Bréfritari: Sigríður Pálsdóttir
Viðtakandi: Páll Pálsson
Dagsetning: A-1846-05-16
Skrifað á: Síðumúla  Mýr.
Páll var bróðir Sigríðar

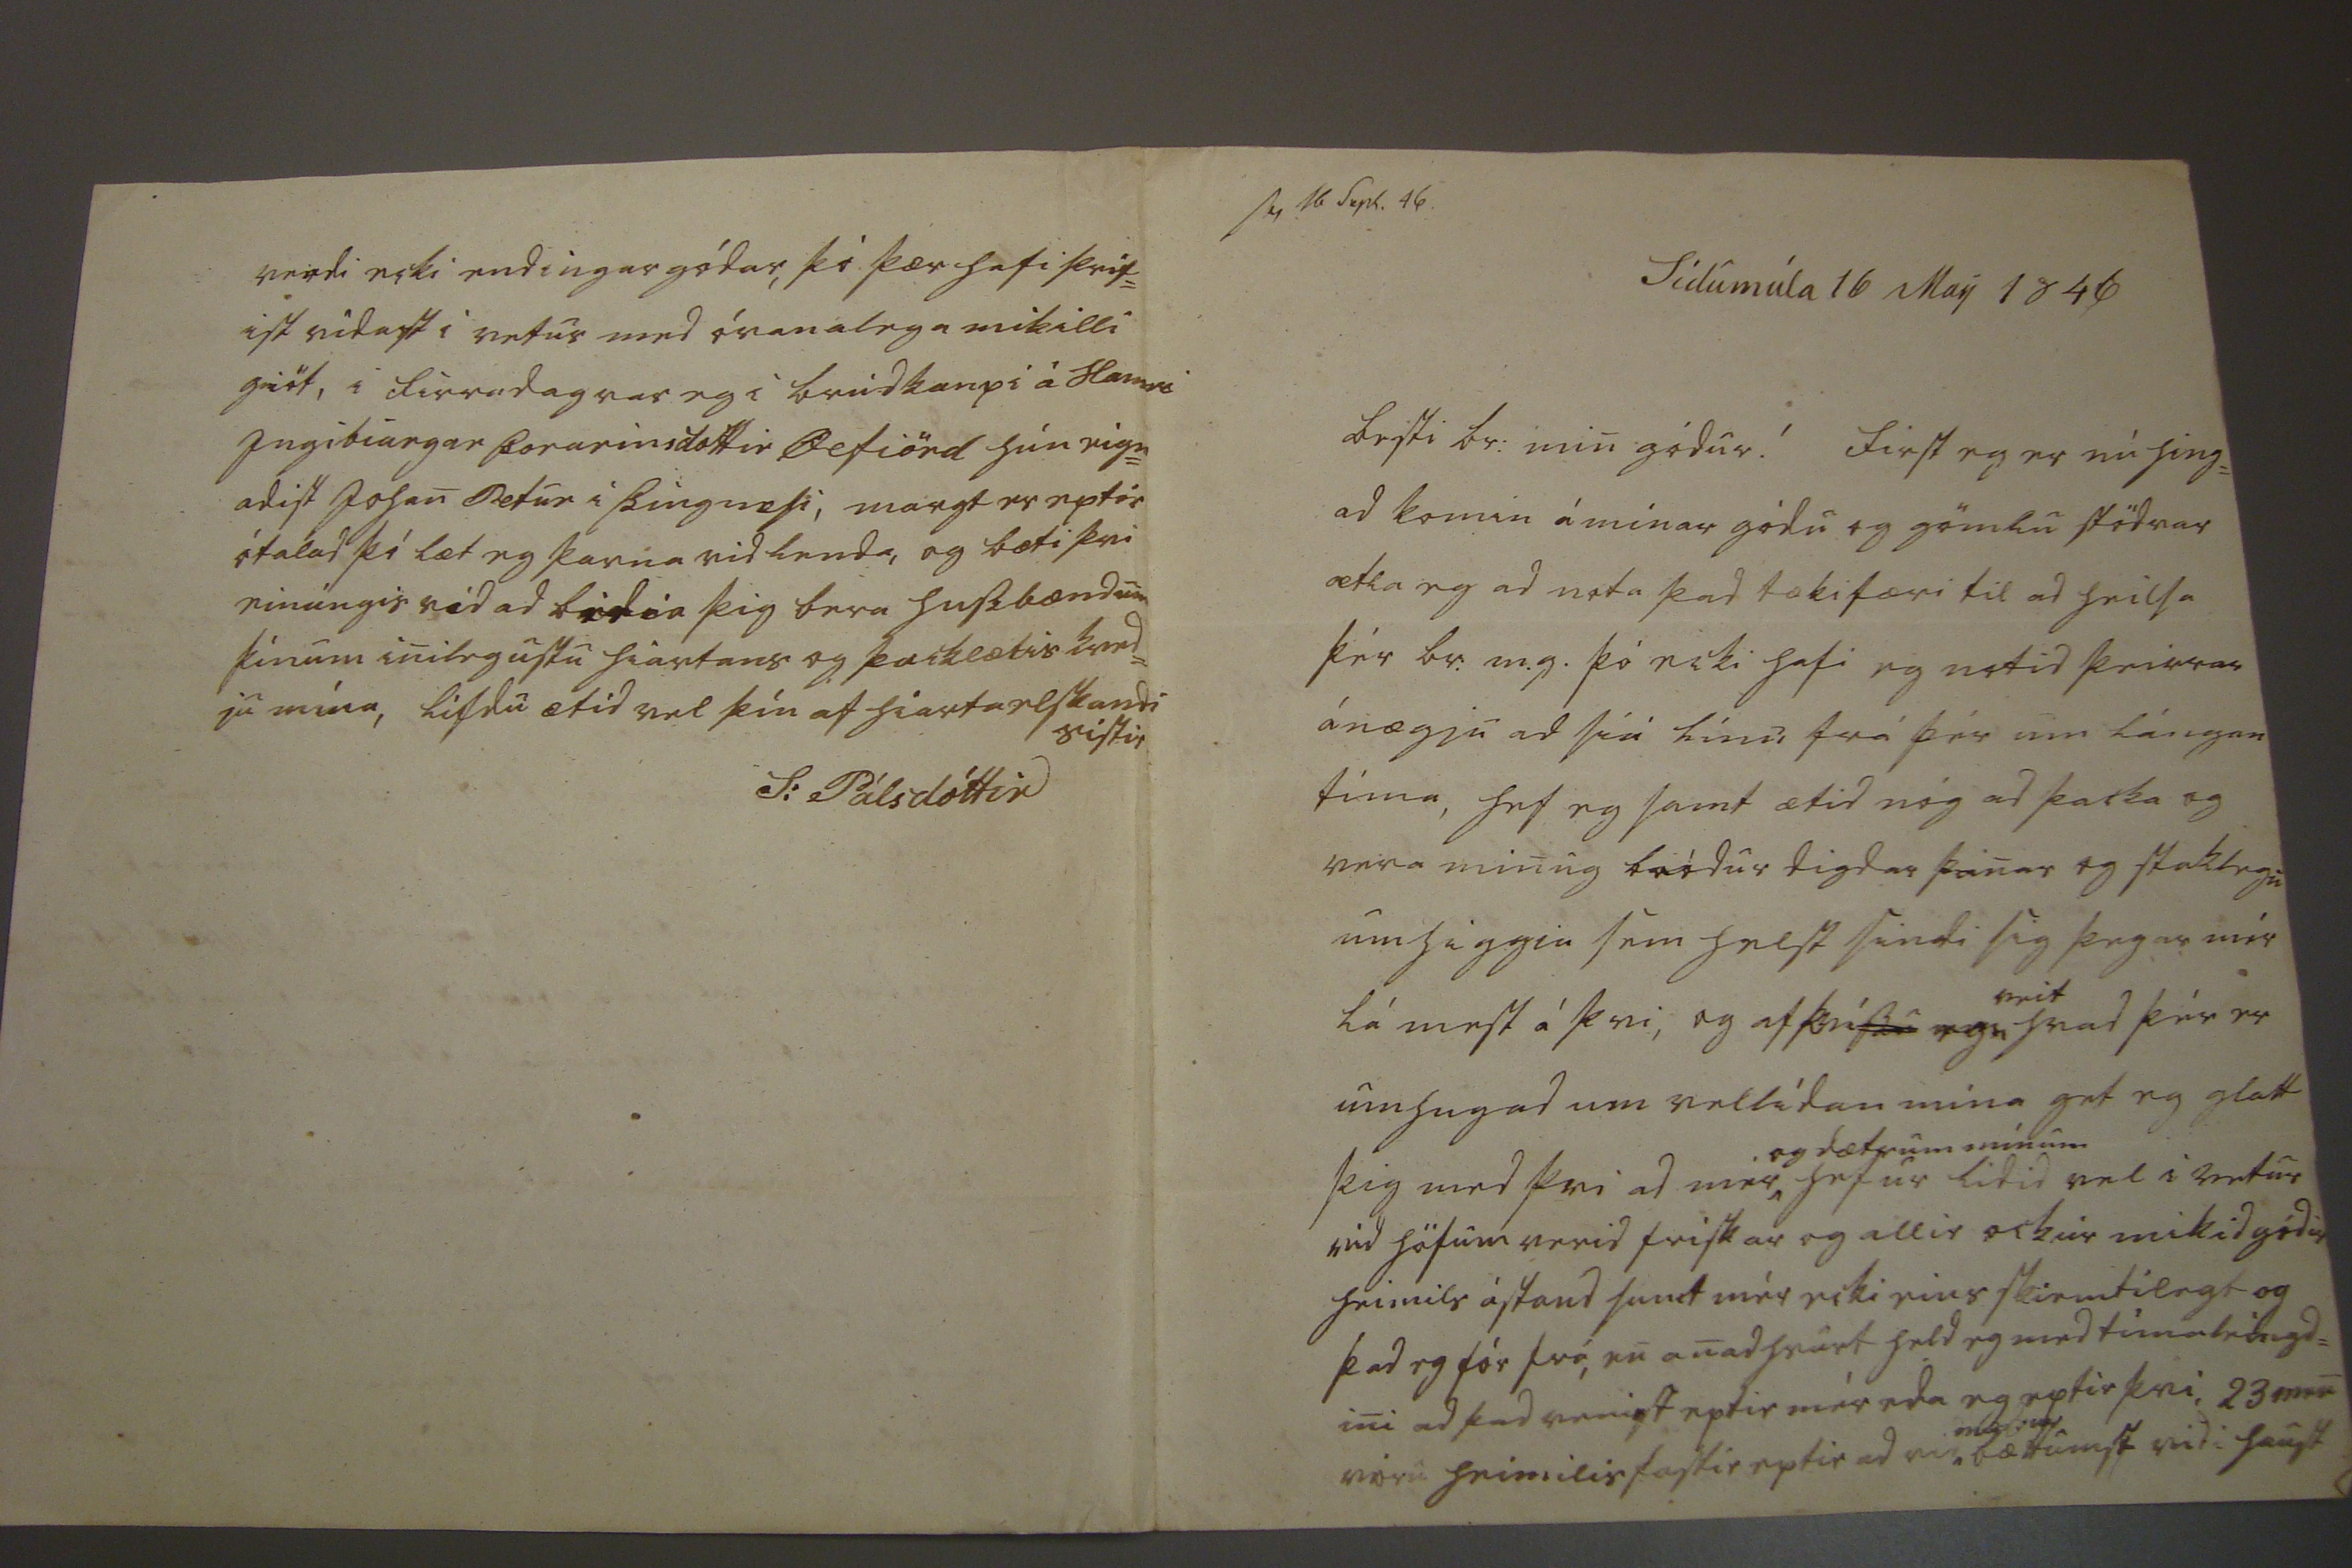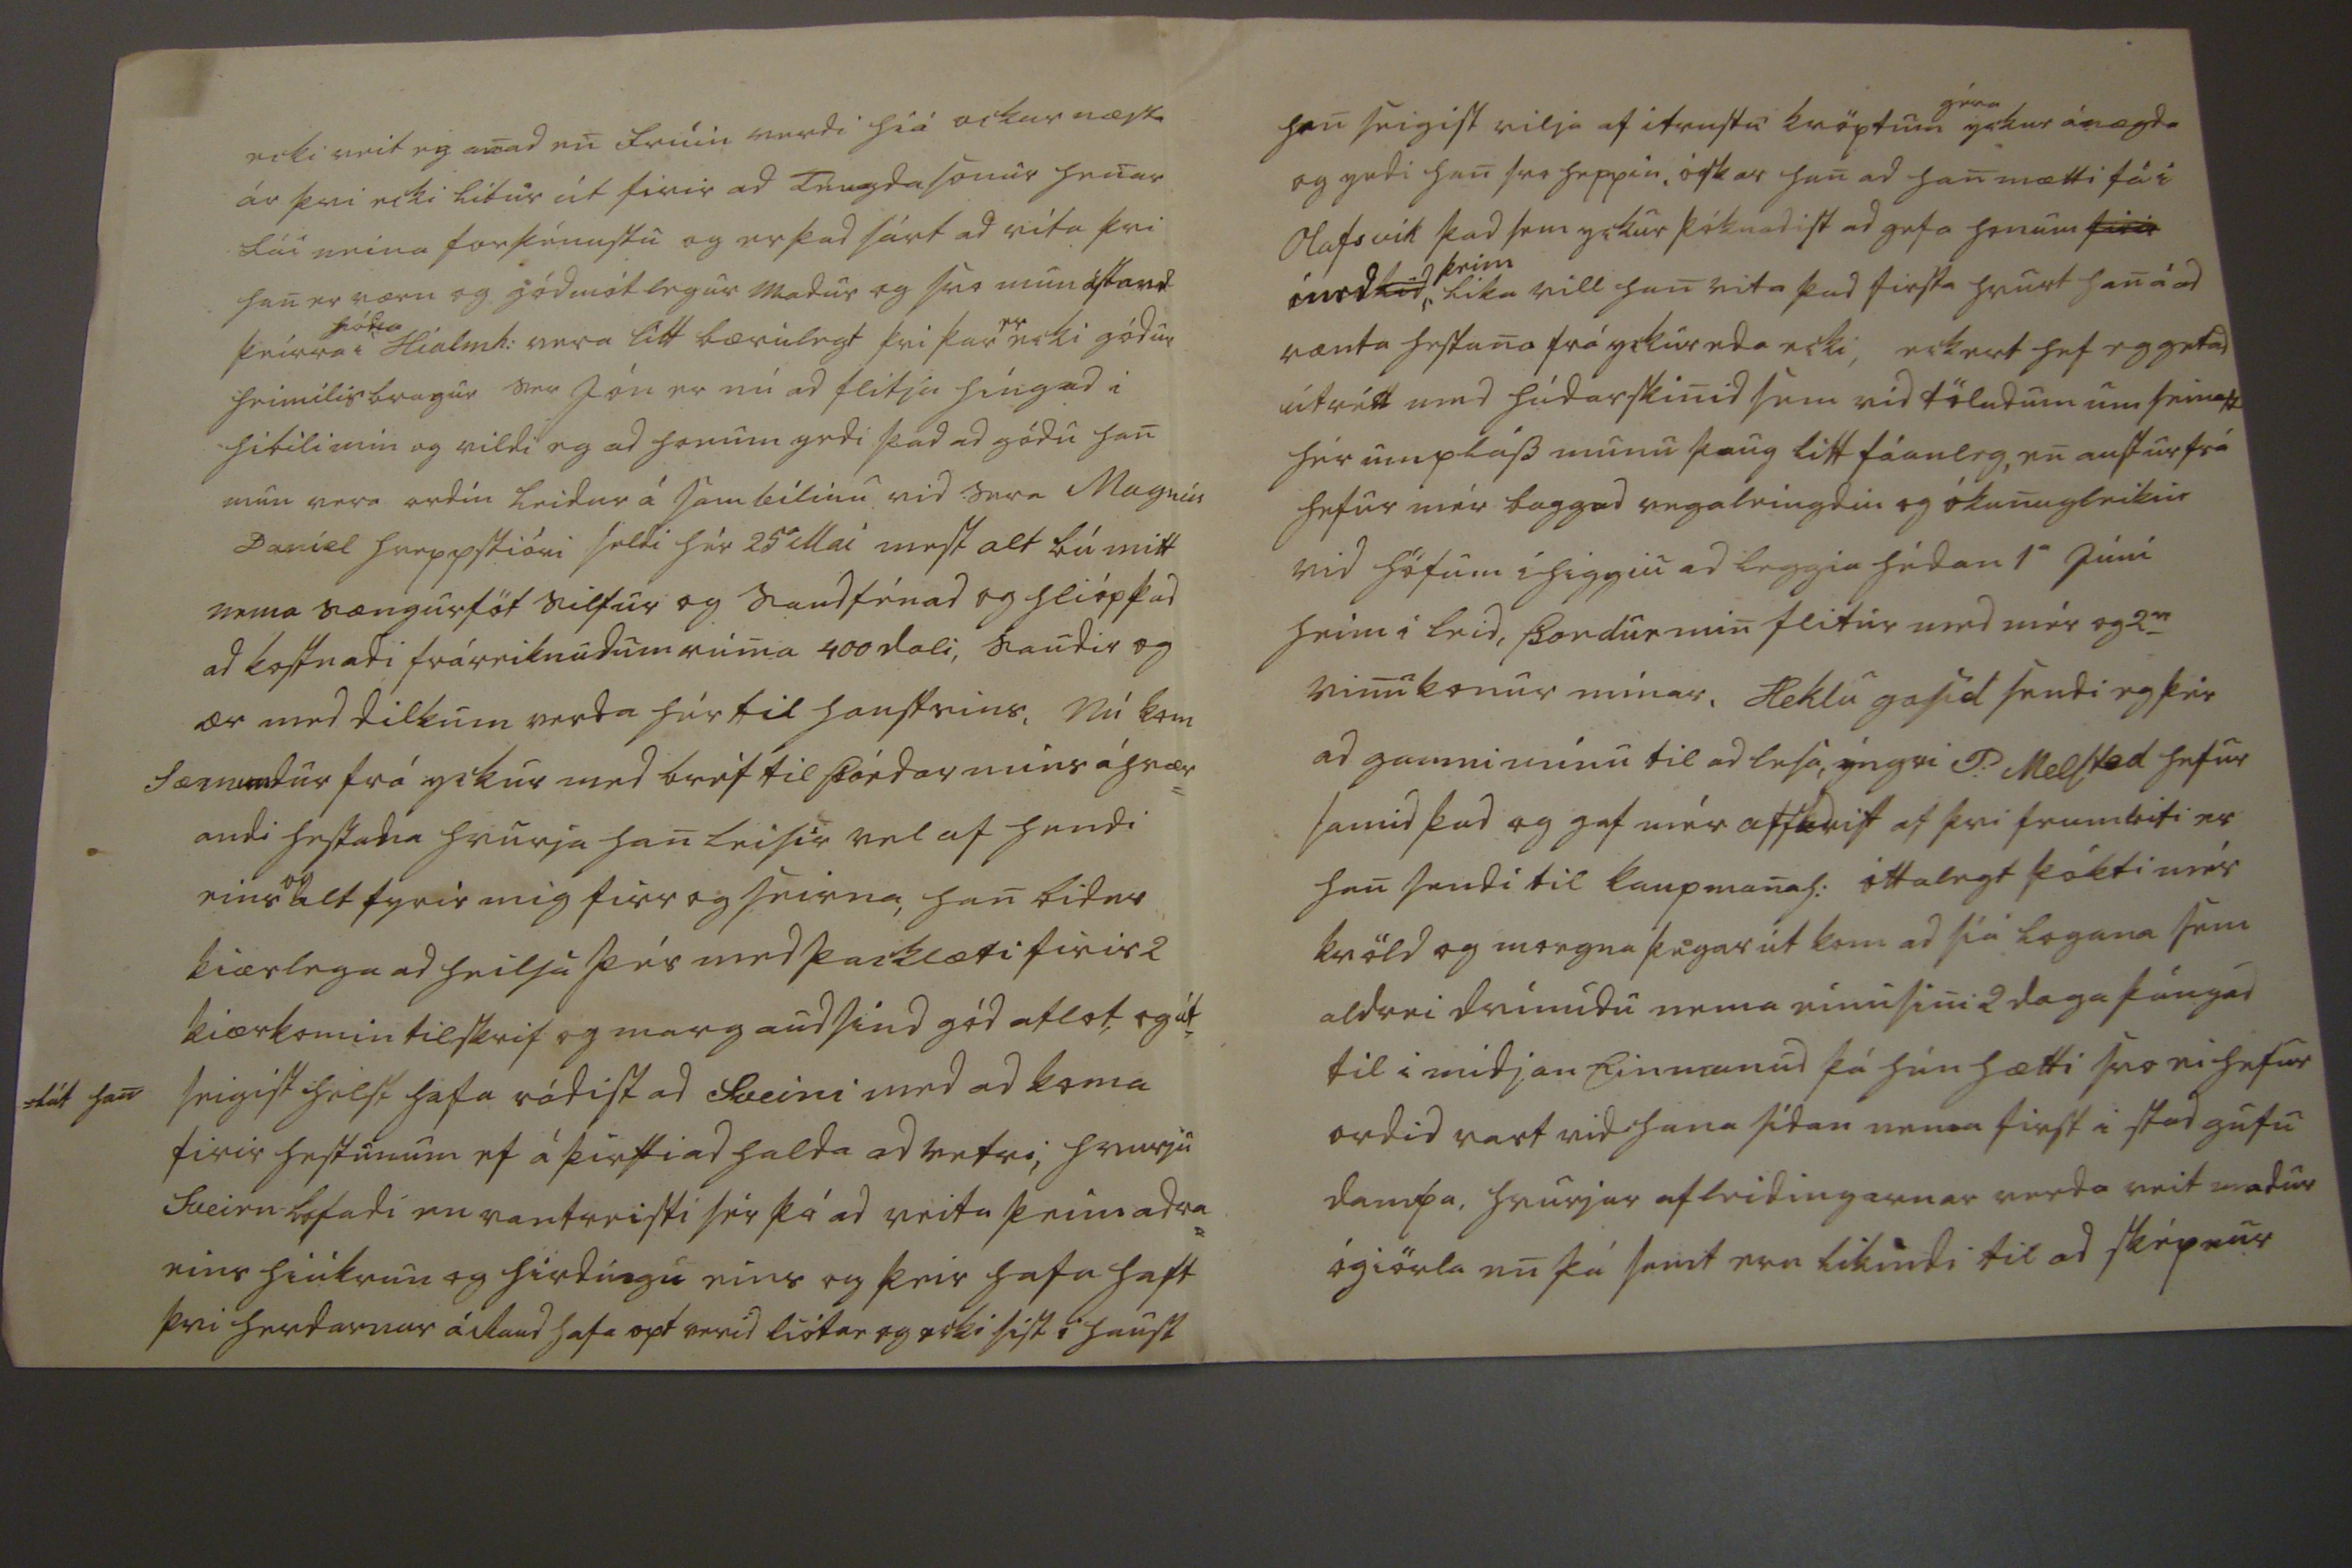

sv 16 Sepb. 46
Sídumúla 16 May 1846
besti br: min gódur! First eg er nú hing= ad komin á minar gódu og gömlu stödvar ætla eg ad nota þad tækifæri til ad heilsa þér br. m.g. þó ecki hafi eg notid þeirrar ánægju ad siá línu frá þér um lángan tíma, hef eg samt ætid nóg ad þacka og vera minug bródur digdar þin og staklegu umhiggiu sem helst sindi sig þegar mér lá mest á þvi, og af þvi
ssu eg
veit
hvad þér er umhugad um vellídan mína get eg glatt þig med þvi ad mér ^
og dætrum mínum
hefur lidid vel i vetur vid höfum verid frískar og allir ockur mikid gódir heimils ástand
sumt
mér ecki eins skiemtilegt og þad eg fór frá, en anadhvurt held eg med timaleingd= ini ad þad veni
e
st eptir mér eda eg eptir þvi, 23 men vóru heimilisfastir eptir ad vid ^
m00 000
bættumst vid i haust
ecki veit eg anad enfrúin verdi hiá ockur næsta ár þvi ecki lítur út firir ad Téngdasonur henar fái mina forþénustu og er þad sárt ad vita þvi han er værn og gódmótlegur madur og svo mun ástand þeirra
hód00
i hialmh: vera lítt bærilegt bærilegt þvi þar
er
ecki gódur heimilis bragur Ser Jón er nú ad flitja híngad i hibili min og vildi eg ad honum yrdi þad ad gódu han mun vera ordín leidur á sambilinu vid Sera Magnús Daníel hreppstióri seldi hér 25
a
Mai mest alt bú mitt nema sængurföt silfur og saudfénad og hlióp þad ad kostnadi fráreiknudum rúma 400 dali, saudir og ær med dilkum verda hér til haustsins, Nú kom Sæmundur frá yckur med bréf til Þórdar mins áhrær= andi hestana hvurja han leisir vel af hendi eins
og
alt fyrir mig firr og seirna, han bidur kiærlega ad heilsa þér med þacklæti firir 2 kiærkomin tilskrif og marg audsind gód atlot og út =lát han seigist helst hafa rádist ad Sveini med ad koma firir hestunum ef á þirfti ad halda ad vetri, hvurju Sveirn lofadi en vantreisti sér þá ad veita þeim adra= eins hiúkrun og hirdungu eins og þeir hafa haft þvi herdarnar á Raud hafa opt verid liótar og ecki síst i haust
han seigist vilja af i
trustu
kröptum
géra
yckur ánægda og yrdi han svo heppin, óskar han ad han mætti fá i Olafsvik þad sem yckur þóknadist ad gefa honum
firir
med
lód
^
þeim
lika vill han vita þad firsta hvurt han á ad vænta hestana frá yckur eda ecki, eckert hef eg getad
útrétt
med húdarskinid sem vid töludum um seinast hér um pláss munu þaug lítt fáanleg, en austur frá hefur mér baggud vegaleingdin og ókunugleikin vid höfum í higgiu ad leggia hédan 1
a
júní heim i leid, Þordur min flitur med mér og 2
ar
vinukonur mínar, Heklu gosid sendi eg þér ad gamni mínu til ad lesa, ýngri P: Melsted hefur samid þad og gaf mér aff
0rist
af þvi frumriti er han sendi til kaupmanah: óttalegt þókti mér kvöld og morgna þegar út kom ad sía logana sem aldrei dvínudu nema einu sini 2 daga þángad til i midjan Einmanud þá hún hætti svo ei hefur ordid vart vid hana sídan nema first i stad gufu dampa, hvurjar afleidingarnar verda veit madur ógiörla en þá samt eru likindi til ad sképnur
S. T. herra Stúdenti P: Pálssyni á Stapa